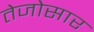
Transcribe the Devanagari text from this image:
तेजोसार